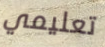
تعليمي